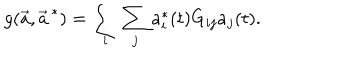
g ( \vec { a } , \vec { a } ^ { \, * } ) = \sum _ { i } \sum _ { j } a _ { i } ^ { * } ( t ) G _ { i j } a _ { j } ( t ) .